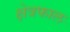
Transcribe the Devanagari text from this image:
क्षेत्रफाल